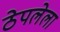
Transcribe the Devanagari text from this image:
ठेपलेला